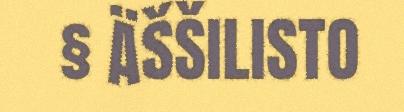
§ ÄŠŠILISTO